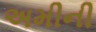
અમીની